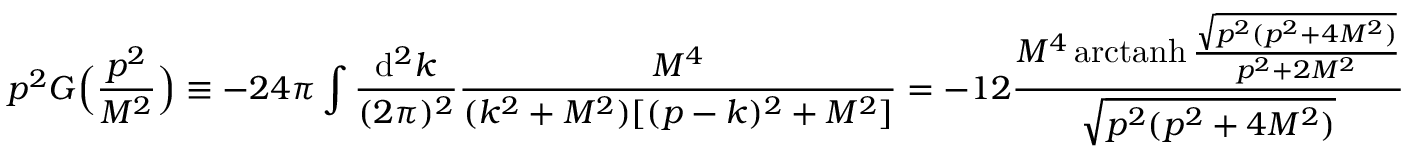
p ^ { 2 } G \Big ( \frac { p ^ { 2 } } { M ^ { 2 } } \Big ) \equiv - 2 4 \pi \int \frac { \mathrm { d } ^ { 2 } k } { ( 2 \pi ) ^ { 2 } } \frac { M ^ { 4 } } { ( k ^ { 2 } + M ^ { 2 } ) [ ( p - k ) ^ { 2 } + M ^ { 2 } ] } = - 1 2 \frac { M ^ { 4 } \, \mathrm { a r c t a n h } \, \frac { \sqrt { p ^ { 2 } ( p ^ { 2 } + 4 M ^ { 2 } ) } } { p ^ { 2 } + 2 M ^ { 2 } } } { \sqrt { p ^ { 2 } ( p ^ { 2 } + 4 M ^ { 2 } ) } }